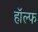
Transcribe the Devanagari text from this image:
हॉल्फ